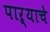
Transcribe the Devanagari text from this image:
पाऱ्याचे